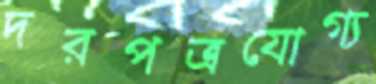
দরপত্রযোগ্য